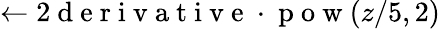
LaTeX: \leftarrow 2\mathrm{~d~e~r~i~v~a~t~i~v~e~}\cdot\mathrm{~p~o~w~}(z/5,2)